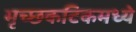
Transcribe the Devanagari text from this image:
मृच्छकटिकमध्ये